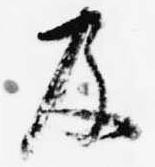
及